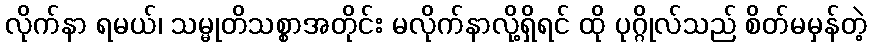
လိုက်နာ ရမယ်၊ သမ္မုတိသစ္စာအတိုင်း မလိုက်နာလို့ရှိရင် ထို ပုဂ္ဂိုလ်သည် စိတ်မမှန်တဲ့